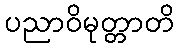
ပညာဝိမုတ္တာတိ